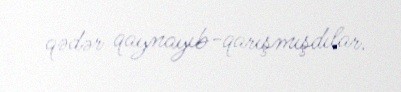
qədər qaynayıb-qarışmışdılar.